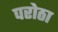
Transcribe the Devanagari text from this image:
परोठा